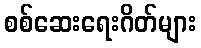
စစ်ဆေးရေးဂိတ်များ